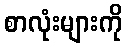
စာလုံးများကို